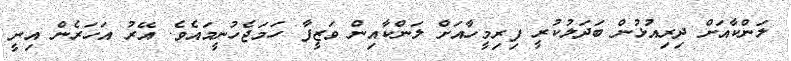
ލަންކާއަށް ދިރިއުޅުން ބަދަލުކުރީ ފިރިމީހާއަށް ލަންކާއިން ވަޒީފާ ހަމަޖެހުނީމައެވެ. އޭރު އަހަރެން އިނީ